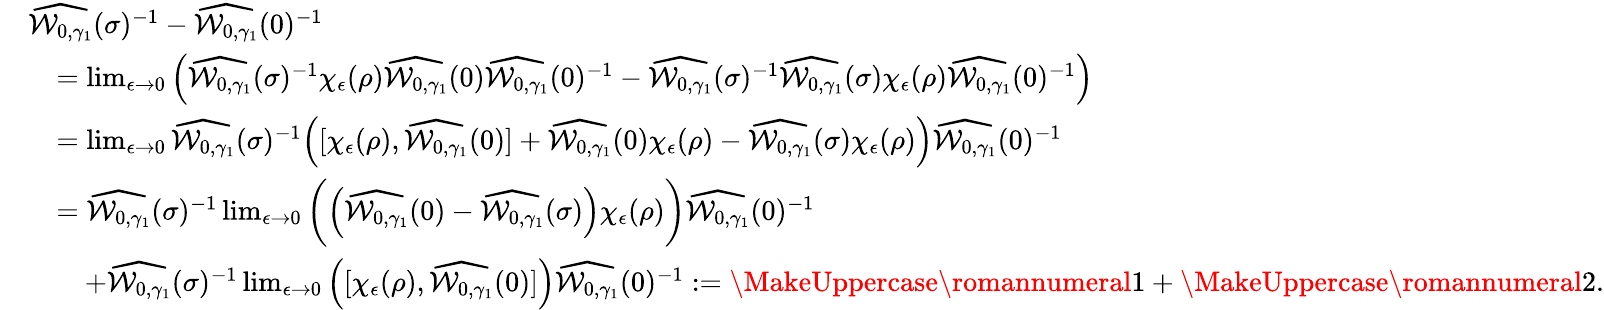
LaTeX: \begin{array}{rl}&{\widehat{\mathcal{W}_{0,\gamma_{1}}}(\sigma)^{-1}-\widehat{\mathcal{W}_{0,\gamma_{1}}}(0)^{-1}}\\ &{\quad=\operatorname*{lim}_{\epsilon\to 0}\Big(\widehat{\mathcal{W}_{0,\gamma_{1}}}(\sigma)^{-1}\chi_{\epsilon}(\rho)\widehat{\mathcal{W}_{0,\gamma_{1}}}(0)\widehat{\mathcal{W}_{0,\gamma_{1}}}(0)^{-1}-\widehat{\mathcal{W}_{0,\gamma_{1}}}(\sigma)^{-1}\widehat{\mathcal{W}_{0,\gamma_{1}}}(\sigma)\chi_{\epsilon}(\rho)\widehat{\mathcal{W}_{0,\gamma_{1}}}(0)^{-1}\Big)}\\ &{\quad=\operatorname*{lim}_{\epsilon\to 0}\widehat{\mathcal{W}_{0,\gamma_{1}}}(\sigma)^{-1}\Big([\chi_{\epsilon}(\rho),\widehat{\mathcal{W}_{0,\gamma_{1}}}(0)]+\widehat{\mathcal{W}_{0,\gamma_{1}}}(0)\chi_{\epsilon}(\rho)-\widehat{\mathcal{W}_{0,\gamma_{1}}}(\sigma)\chi_{\epsilon}(\rho)\Big)\widehat{\mathcal{W}_{0,\gamma_{1}}}(0)^{-1}}\\ &{\quad=\widehat{\mathcal{W}_{0,\gamma_{1}}}(\sigma)^{-1}\operatorname*{lim}_{\epsilon\to 0}\bigg(\Big(\widehat{\mathcal{W}_{0,\gamma_{1}}}(0)-\widehat{\mathcal{W}_{0,\gamma_{1}}}(\sigma)\Big)\chi_{\epsilon}(\rho)\bigg)\widehat{\mathcal{W}_{0,\gamma_{1}}}(0)^{-1}}\\ &{\quad\quad+\widehat{\mathcal{W}_{0,\gamma_{1}}}(\sigma)^{-1}\operatorname*{lim}_{\epsilon\to 0}\Big([\chi_{\epsilon}(\rho),\widehat{\mathcal{W}_{0,\gamma_{1}}}(0)]\Big)\widehat{\mathcal{W}_{0,\gamma_{1}}}(0)^{-1}:=\MakeUppercase{\romannumeral 1}+\MakeUppercase{\romannumeral 2}.}\end{array}